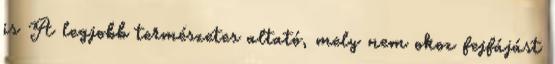
is A legjobb természetes altató, mely nem okoz fejfájást